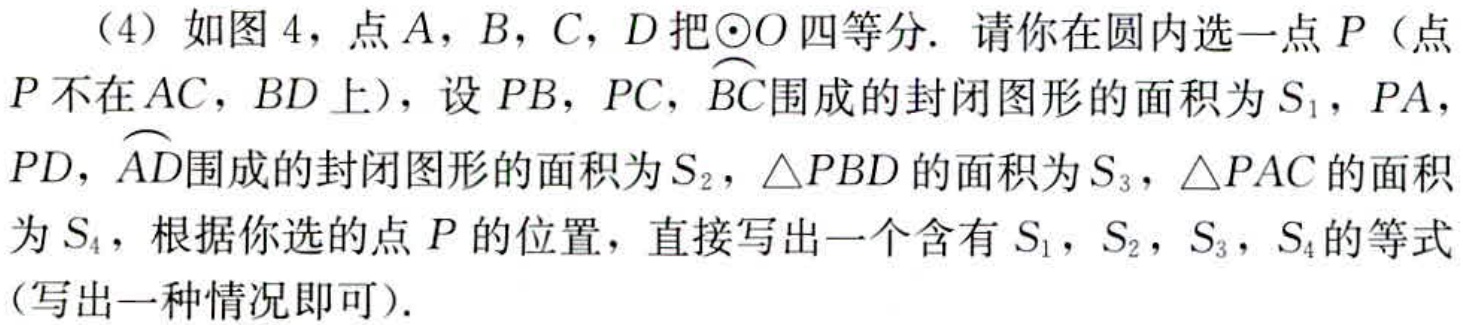
（4）如图4，点\(A\)，\(B\)，\(C\)，\(D\)把\(\odot O\)四等分. 请你在圆内选一点\(P\)（点\(P\)不在\(AC\)，\(BD\)上），设\(PB\)，\(PC\)，\(\overset{\frown}{BC}\)围成的封闭图形的面积为\(S_{1}\)，\(PA\)，\(PD\)，\(\overset{\frown}{AD}\)围成的封闭图形的面积为\(S_{2}\)，\(\triangle PBD\)的面积为\(S_{3}\)，\(\triangle PAC\)的面积为\(S_{4}\)，根据你选的点\(P\)的位置，直接写出一个含有\(S_{1}\)，\(S_{2}\)，\(S_{3}\)，\(S_{4}\)的等式（写出一种情况即可）.